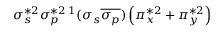
\sigma _ { s } ^ { * 2 } \sigma _ { p } ^ { * 2 } { } \, ^ { 1 } ( \sigma _ { s } \overline { { \sigma _ { p } } } ) \left( \pi _ { x } ^ { * 2 } + \pi _ { y } ^ { * 2 } \right)